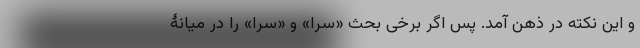
و این نکته در ذهن آمد. پس اگر برخی بحث «سَرا» و «سُرا» را در میانۀ